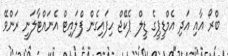
ބްރޯ އާއި އަދި އެމްޑީޕީގެ ޑީލް ޕެކޭޖް ހިފައިގެން ފްލައިޓް އެނައްޓާލަނީ ރަންވޭ